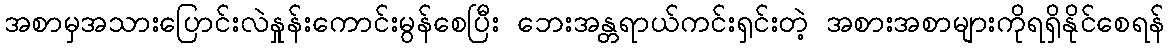
အစာမှအသားပြောင်းလဲနှုန်းကောင်းမွန်စေပြီး ဘေးအန္တရာယ်ကင်းရှင်းတဲ့ အစားအစာများကိုရရှိနိုင်စေရန်